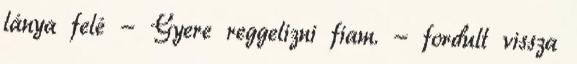
lánya felé - Gyere reggelizni fiam. - fordult vissza